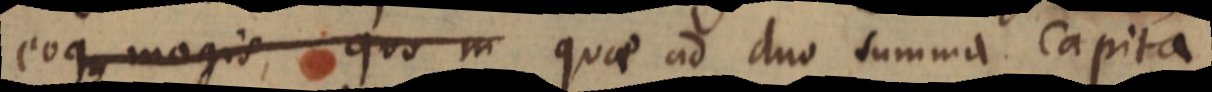
eoque magis, quo m quae ad duo summa capita